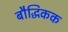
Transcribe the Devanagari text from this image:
बौद्धिकक